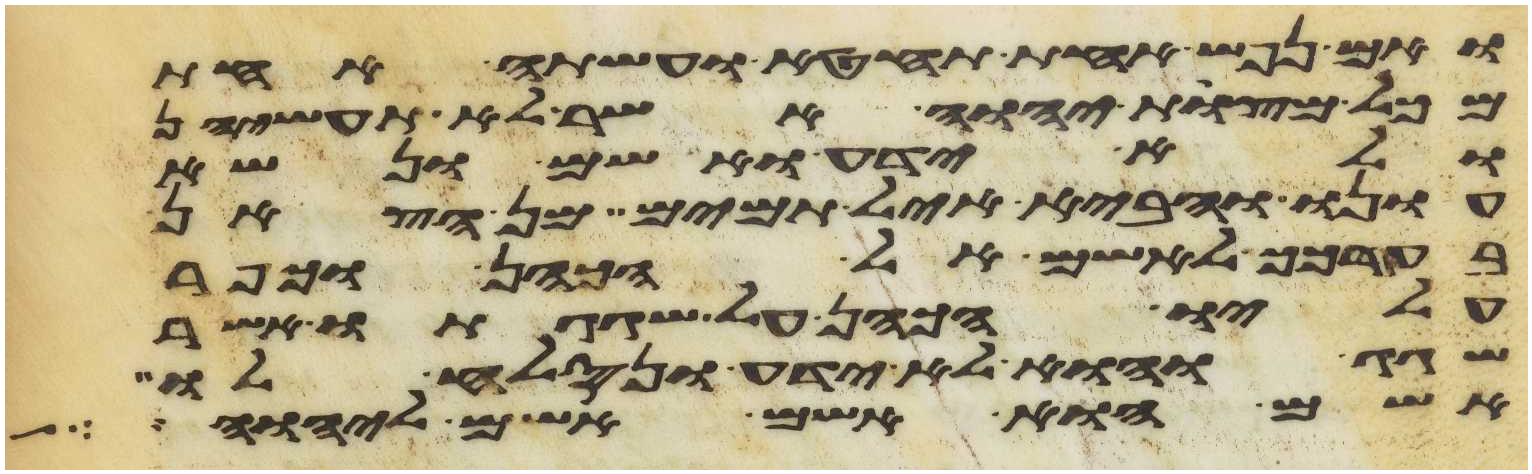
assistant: ואם נפש אחת תחטא ועשתה אחת
מכל מצות יהוה אשר לא תעשיהן
ולא ידע ואשם ונשא
עונו והביא איל תמים מן הצאן
בערכך לאשם אל הכהן וכפר
עליו הכהן על שגגתו אשר
שגג והוא לא ידע ונסלח לו
אשם הוא אשם אשם ליהוה